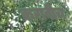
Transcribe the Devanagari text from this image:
करावीच